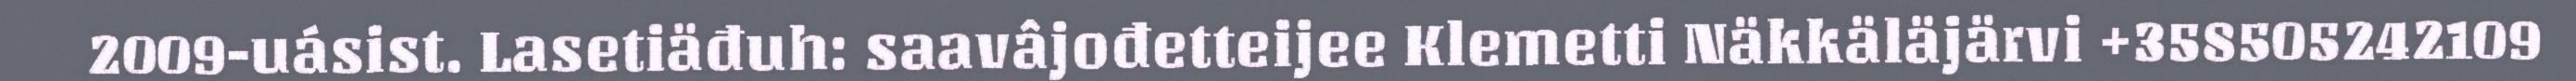
2009-uásist. Lasetiäđuh: saavâjođetteijee Klemetti Näkkäläjärvi +358505242109